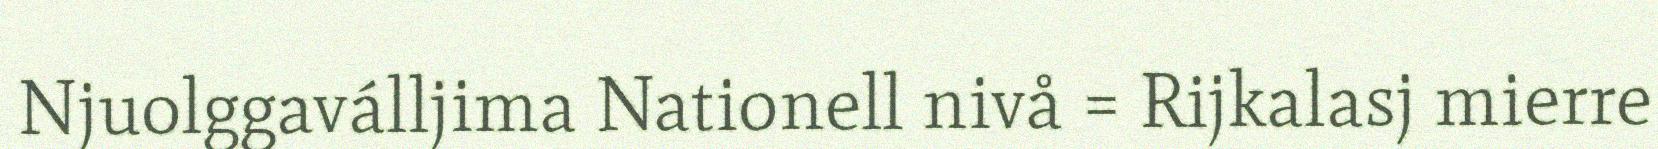
Njuolggaválljima Nationell nivå = Rijkalasj mierre